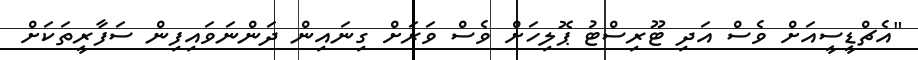
"އެޗްޑީސީއަށް ވެސް އަދި ޓޫރިސްޓު ޕޮލިހަށް ވެސް ވަރަށް ގިނައިން ދަންނަވައިފިން ސަފާރީތަކަށް